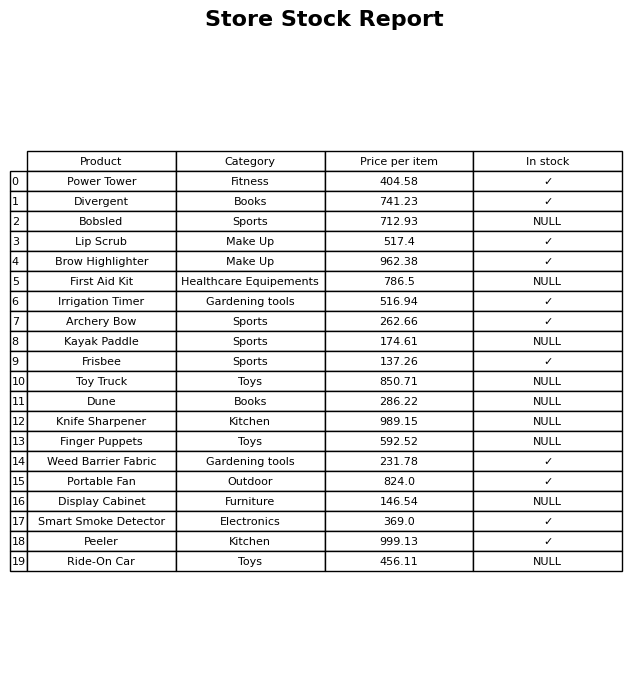
question: What is the stock status of the Weed Barrier Fabric?
answer: ✓